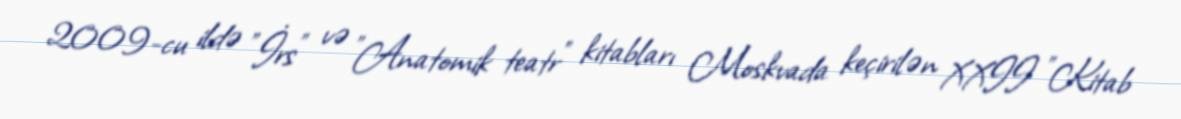
2009-cu ildə "İrs" və "Anatomik teatr" kitabları Moskvada keçirilən XXII "Kitab